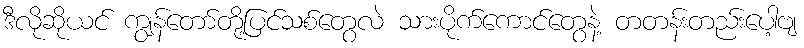
ဒီလိုဆိုယင် ကျွန်တော်တို့ပြင်သစ်တွေလဲ သားပိုက်ကောင်တွေနဲ့ တတန်းတည်းပေါ့ဗျ